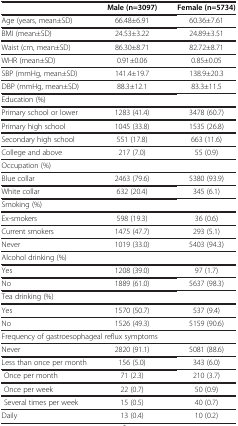
<table><thead><tr><td><b> </b></td><td><b>Male (n=3097)</b></td><td><b>Female (n=5734)</b></td></tr></thead><tbody><tr><td>Age (years, mean±SD)</td><td>66.48±6.91</td><td>60.36±7.61</td></tr><tr><td>BMI (mean±SD)</td><td>24.53±3.22</td><td>24.89±3.51</td></tr><tr><td>Waist (cm, mean±SD)</td><td>86.30±8.71</td><td>82.72±8.71</td></tr><tr><td>WHR (mean±SD)</td><td>0.91±0.06</td><td>0.85±0.05</td></tr><tr><td>SBP (mmHg, mean±SD)</td><td>141.4±19.7</td><td>138.9±20.3</td></tr><tr><td>DBP (mmHg, mean±SD)</td><td>88.3±12.1</td><td>83.3±11.5</td></tr><tr><td colspan="3">Education (%)</td></tr><tr><td>Primary school or lower</td><td>1283 (41.4)</td><td>3478 (60.7)</td></tr><tr><td>Primary high school</td><td>1045 (33.8)</td><td>1535 (26.8)</td></tr><tr><td>Secondary high school</td><td>551 (17.8)</td><td>663 (11.6)</td></tr><tr><td>College and above</td><td>217 (7.0)</td><td>55 (0.9)</td></tr><tr><td>Occupation (%)</td><td> </td><td> </td></tr><tr><td>Blue collar</td><td>2463 (79.6)</td><td>5380 (93.9)</td></tr><tr><td>White collar</td><td>632 (20.4)</td><td>345 (6.1)</td></tr><tr><td>Smoking (%)</td><td> </td><td> </td></tr><tr><td>Ex-smokers</td><td>598 (19.3)</td><td>36 (0.6)</td></tr><tr><td>Current smokers</td><td>1475 (47.7)</td><td>293 (5.1)</td></tr><tr><td>Never</td><td>1019 (33.0)</td><td>5403 (94.3)</td></tr><tr><td colspan="3">Alcohol drinking (%)</td></tr><tr><td>Yes</td><td>1208 (39.0)</td><td>97 (1.7)</td></tr><tr><td>No</td><td>1889 (61.0)</td><td>5637 (98.3)</td></tr><tr><td>Tea drinking (%)</td><td> </td><td> </td></tr><tr><td>Yes</td><td>1570 (50.7)</td><td>537 (9.4)</td></tr><tr><td>No</td><td>1526 (49.3)</td><td>5159 (90.6)</td></tr><tr><td colspan="3">Frequency of gastroesophageal reflux symptoms</td></tr><tr><td>Never</td><td>2820 (91.1)</td><td>5081 (88.6)</td></tr><tr><td>Less than once per month</td><td>156 (5.0)</td><td>343 (6.0)</td></tr><tr><td> Once per month</td><td>71 (2.3)</td><td>210 (3.7)</td></tr><tr><td> Once per week</td><td>22 (0.7)</td><td>50 (0.9)</td></tr><tr><td> Several times per week</td><td>15 (0.5)</td><td>40 (0.7)</td></tr><tr><td>Daily</td><td>13 (0.4)</td><td>10 (0.2)</td></tr></tbody></table>